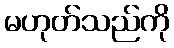
မဟုတ်သည်ကို